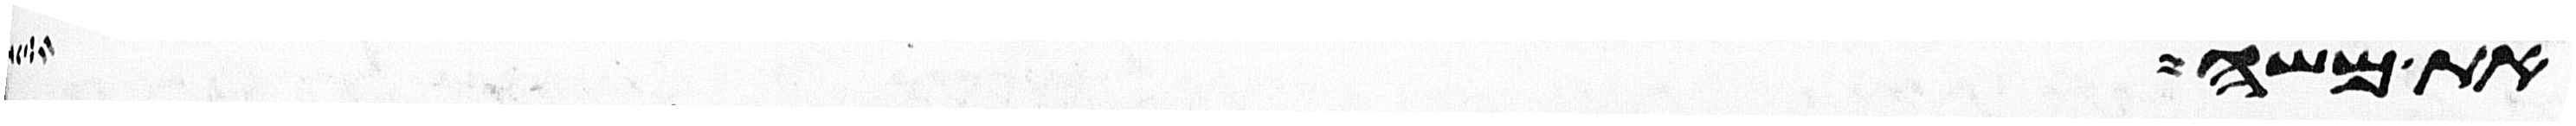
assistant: את משה